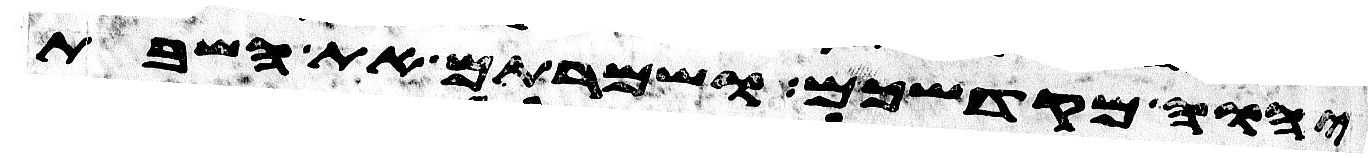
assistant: יהוה מקדשכם ושמרתם את השבת